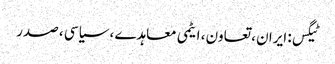
ٹیگس: ایران ، تعاون ، ایٹمی معاہدے ، سیاسی ، صدر